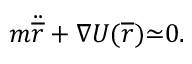
m { \ddot { \overline { { r } } } } + { \nabla U ( { \overline { { r } } } } ) { \simeq } 0 .